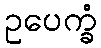
ဥပေက္ခံ